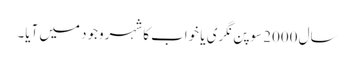
سال 2000 سوپن نگری یا خواب کا شہروجود میں آیا۔